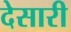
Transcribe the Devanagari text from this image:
देसारी